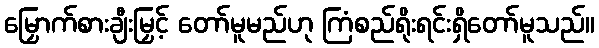
မြှောက်စားချီးမြှင့် တော်မူမည်ဟု ကြံစည်ရိုးရင်းရှိတော်မူသည်။